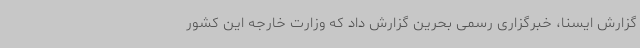
گزارش ایسنا، خبرگزاری رسمی بحرین گزارش داد که وزارت خارجه این کشور